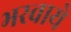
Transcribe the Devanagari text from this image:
भरवाये